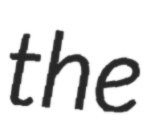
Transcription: the